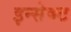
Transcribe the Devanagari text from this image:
इन्सेक्ट